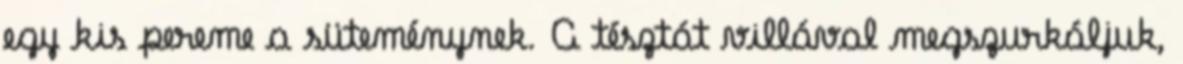
egy kis pereme a süteménynek. A tésztát villával megszurkáljuk,